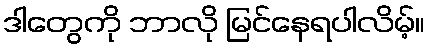
ဒါတွေကို ဘာလို မြင်နေရပါလိမ့်။